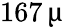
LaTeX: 167\, \upmu